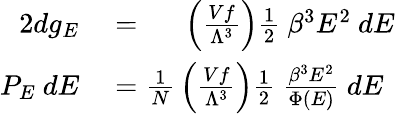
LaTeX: \begin{array}{rl}{{2}dg_{E}}&{{}=\quad\ \left({\frac{Vf}{\Lambda^{3}}}\right){\frac{1}{2}}~\beta^{3}E^{2}~dE}\\ {P_{E}~dE}&{{}={\frac{1}{N}}\left({\frac{Vf}{\Lambda^{3}}}\right){\frac{1}{2}}~{\frac{\beta^{3}E^{2}}{\Phi(E)}}~dE}\end{array}